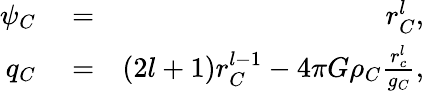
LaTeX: \begin{array}{rlr}{\psi_{C}}&{{}=}&{r_{C}^{l},}\\ {q_{C}}&{{}=}&{(2l+1)r_{C}^{l-1}-4\pi G\rho_{C}\frac{r_{c}^{l}}{g_{C}},}\end{array}